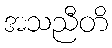
အသညီတိ